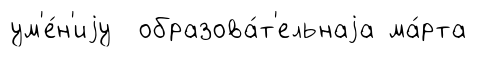
ум'е́н'иjу образова́т'ельнаjа ма́рта